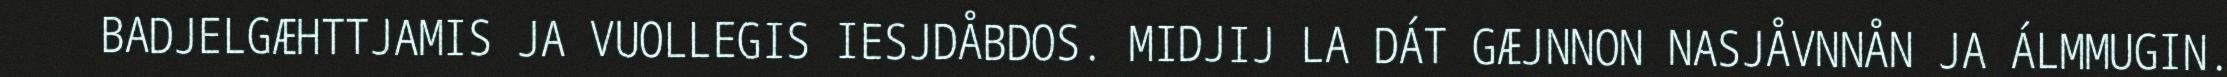
BADJELGÆHTTJAMIS JA VUOLLEGIS IESJDÅBDOS. MIDJIJ LA DÁT GÆJNNON NASJÅVNNÅN JA ÁLMMUGIN.